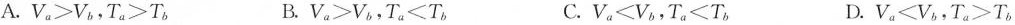
A. V_{a}>V_{b}，T_{a}>T_{b} B. V_{a}>V_{b}， T_{a}<T_{b} C. V_{a}<V_{b}，T_{a}<T_{b} D. V_{a}<V_{b}，T_{a}>T_{b}